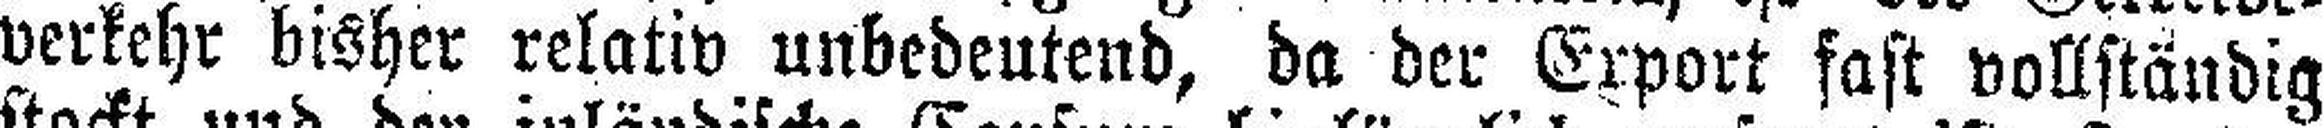
verkehr bisher relativ unbedeutend, da der Export fast vollständig